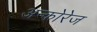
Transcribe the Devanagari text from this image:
अन्कोरेज